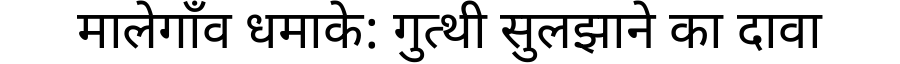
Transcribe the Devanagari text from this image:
मालेगाँव धमाके: गुत्थी सुलझाने का दावा